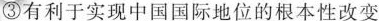
③有利于实现中国国际地位的根本性改变